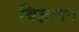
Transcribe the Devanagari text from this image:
विज्ञापन